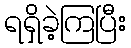
ရရှိခဲ့ကြပြီး